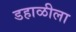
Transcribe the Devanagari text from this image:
डहाळीला